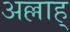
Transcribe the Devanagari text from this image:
अल्लाह्